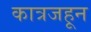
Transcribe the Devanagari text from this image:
कात्रजहून